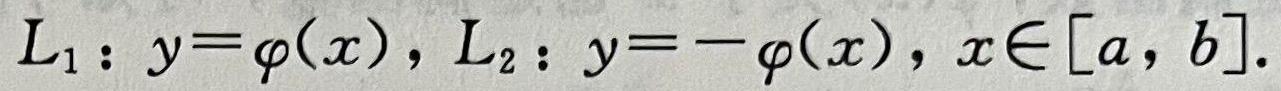
$L_1: y = \varphi(x), L_2: y = -\varphi(x), x\in[a, b].$